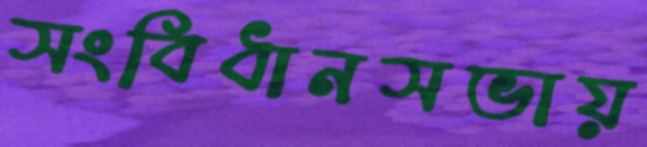
সংবিধানসভায়